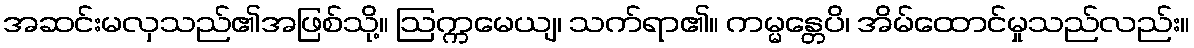
အဆင်းမလှသည်၏အဖြစ်သို့။ ဩက္ကမေယျ၊ သက်ရာ၏။ ကမ္မန္တေပိ၊ အိမ်ထောင်မှုသည်လည်း။